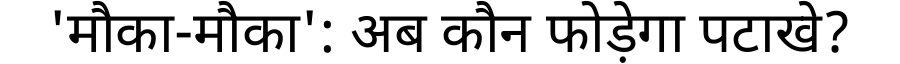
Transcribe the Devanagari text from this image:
'मौका-मौका': अब कौन फोड़ेगा पटाखे?